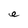
Character: e